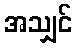
အသျှင်